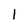
Character: l